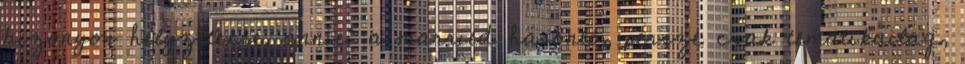
bizonyos helyzetekre. annie: a married hasonló, persze csak tematikailag,